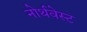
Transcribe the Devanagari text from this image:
नोर्थवेस्ट